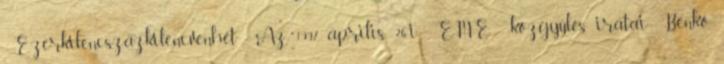
Ezerkilencszázkilencvenhét Az 1997. április 26-i EME közgyűlés iratai: Benkő